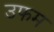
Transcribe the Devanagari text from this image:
उफम